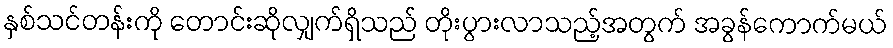
နှစ်သင်တန်းကို တောင်းဆိုလျှက်ရှိသည် တိုးပွားလာသည့်အတွက် အခွန်ကောက်မယ်